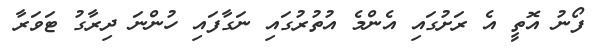
ފޯނު އޮތީ އެ ރަށުގައި އެންމެ އުތުރުގައި ނަގާފައި ހުންނަ ދިރާގު ޓަވަރާ